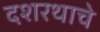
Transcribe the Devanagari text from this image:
दशरथाचे